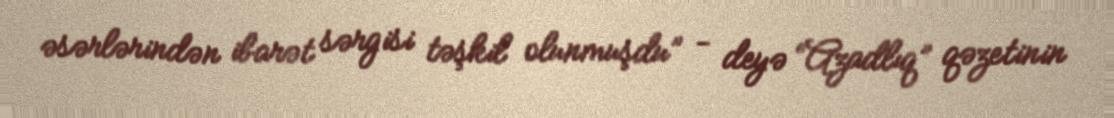
əsərlərindən ibarət sərgisi təşkil olunmuşdu” - deyə “Azadlıq” qəzetinin